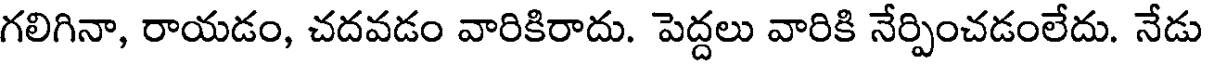
గలిగినా, రాయడం, చదవడం వారికిరాదు. పెద్దలు వారికి నేర్పించడంలేదు. నేడు